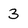
Character: 3